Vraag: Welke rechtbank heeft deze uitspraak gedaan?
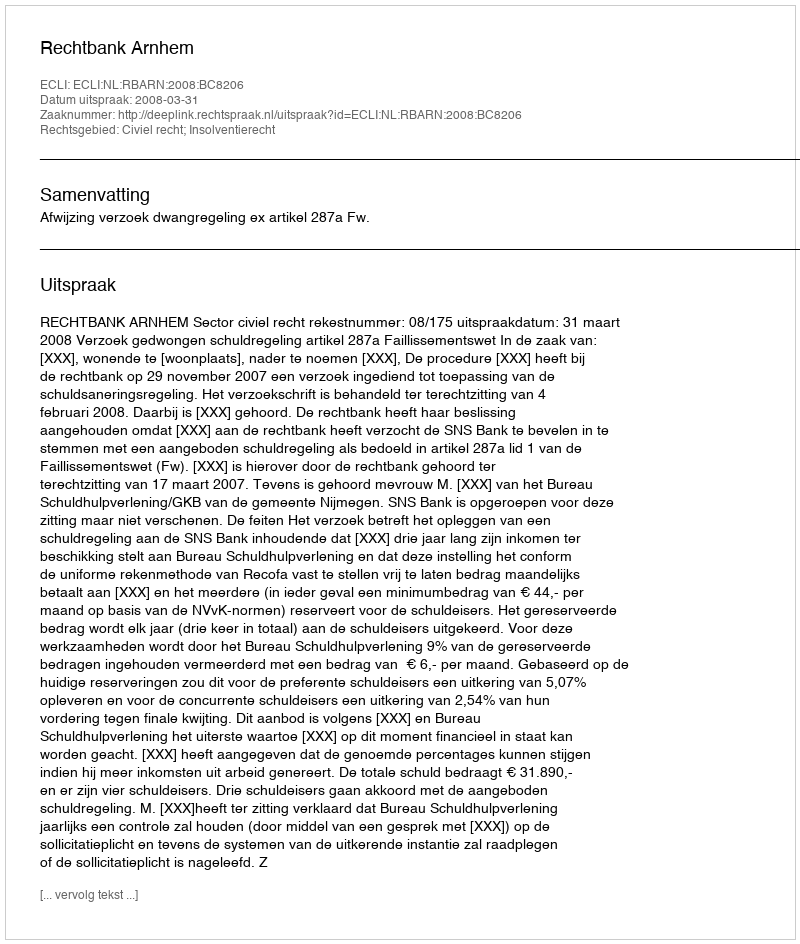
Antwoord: Rechtbank Arnhem